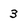
Character: 3